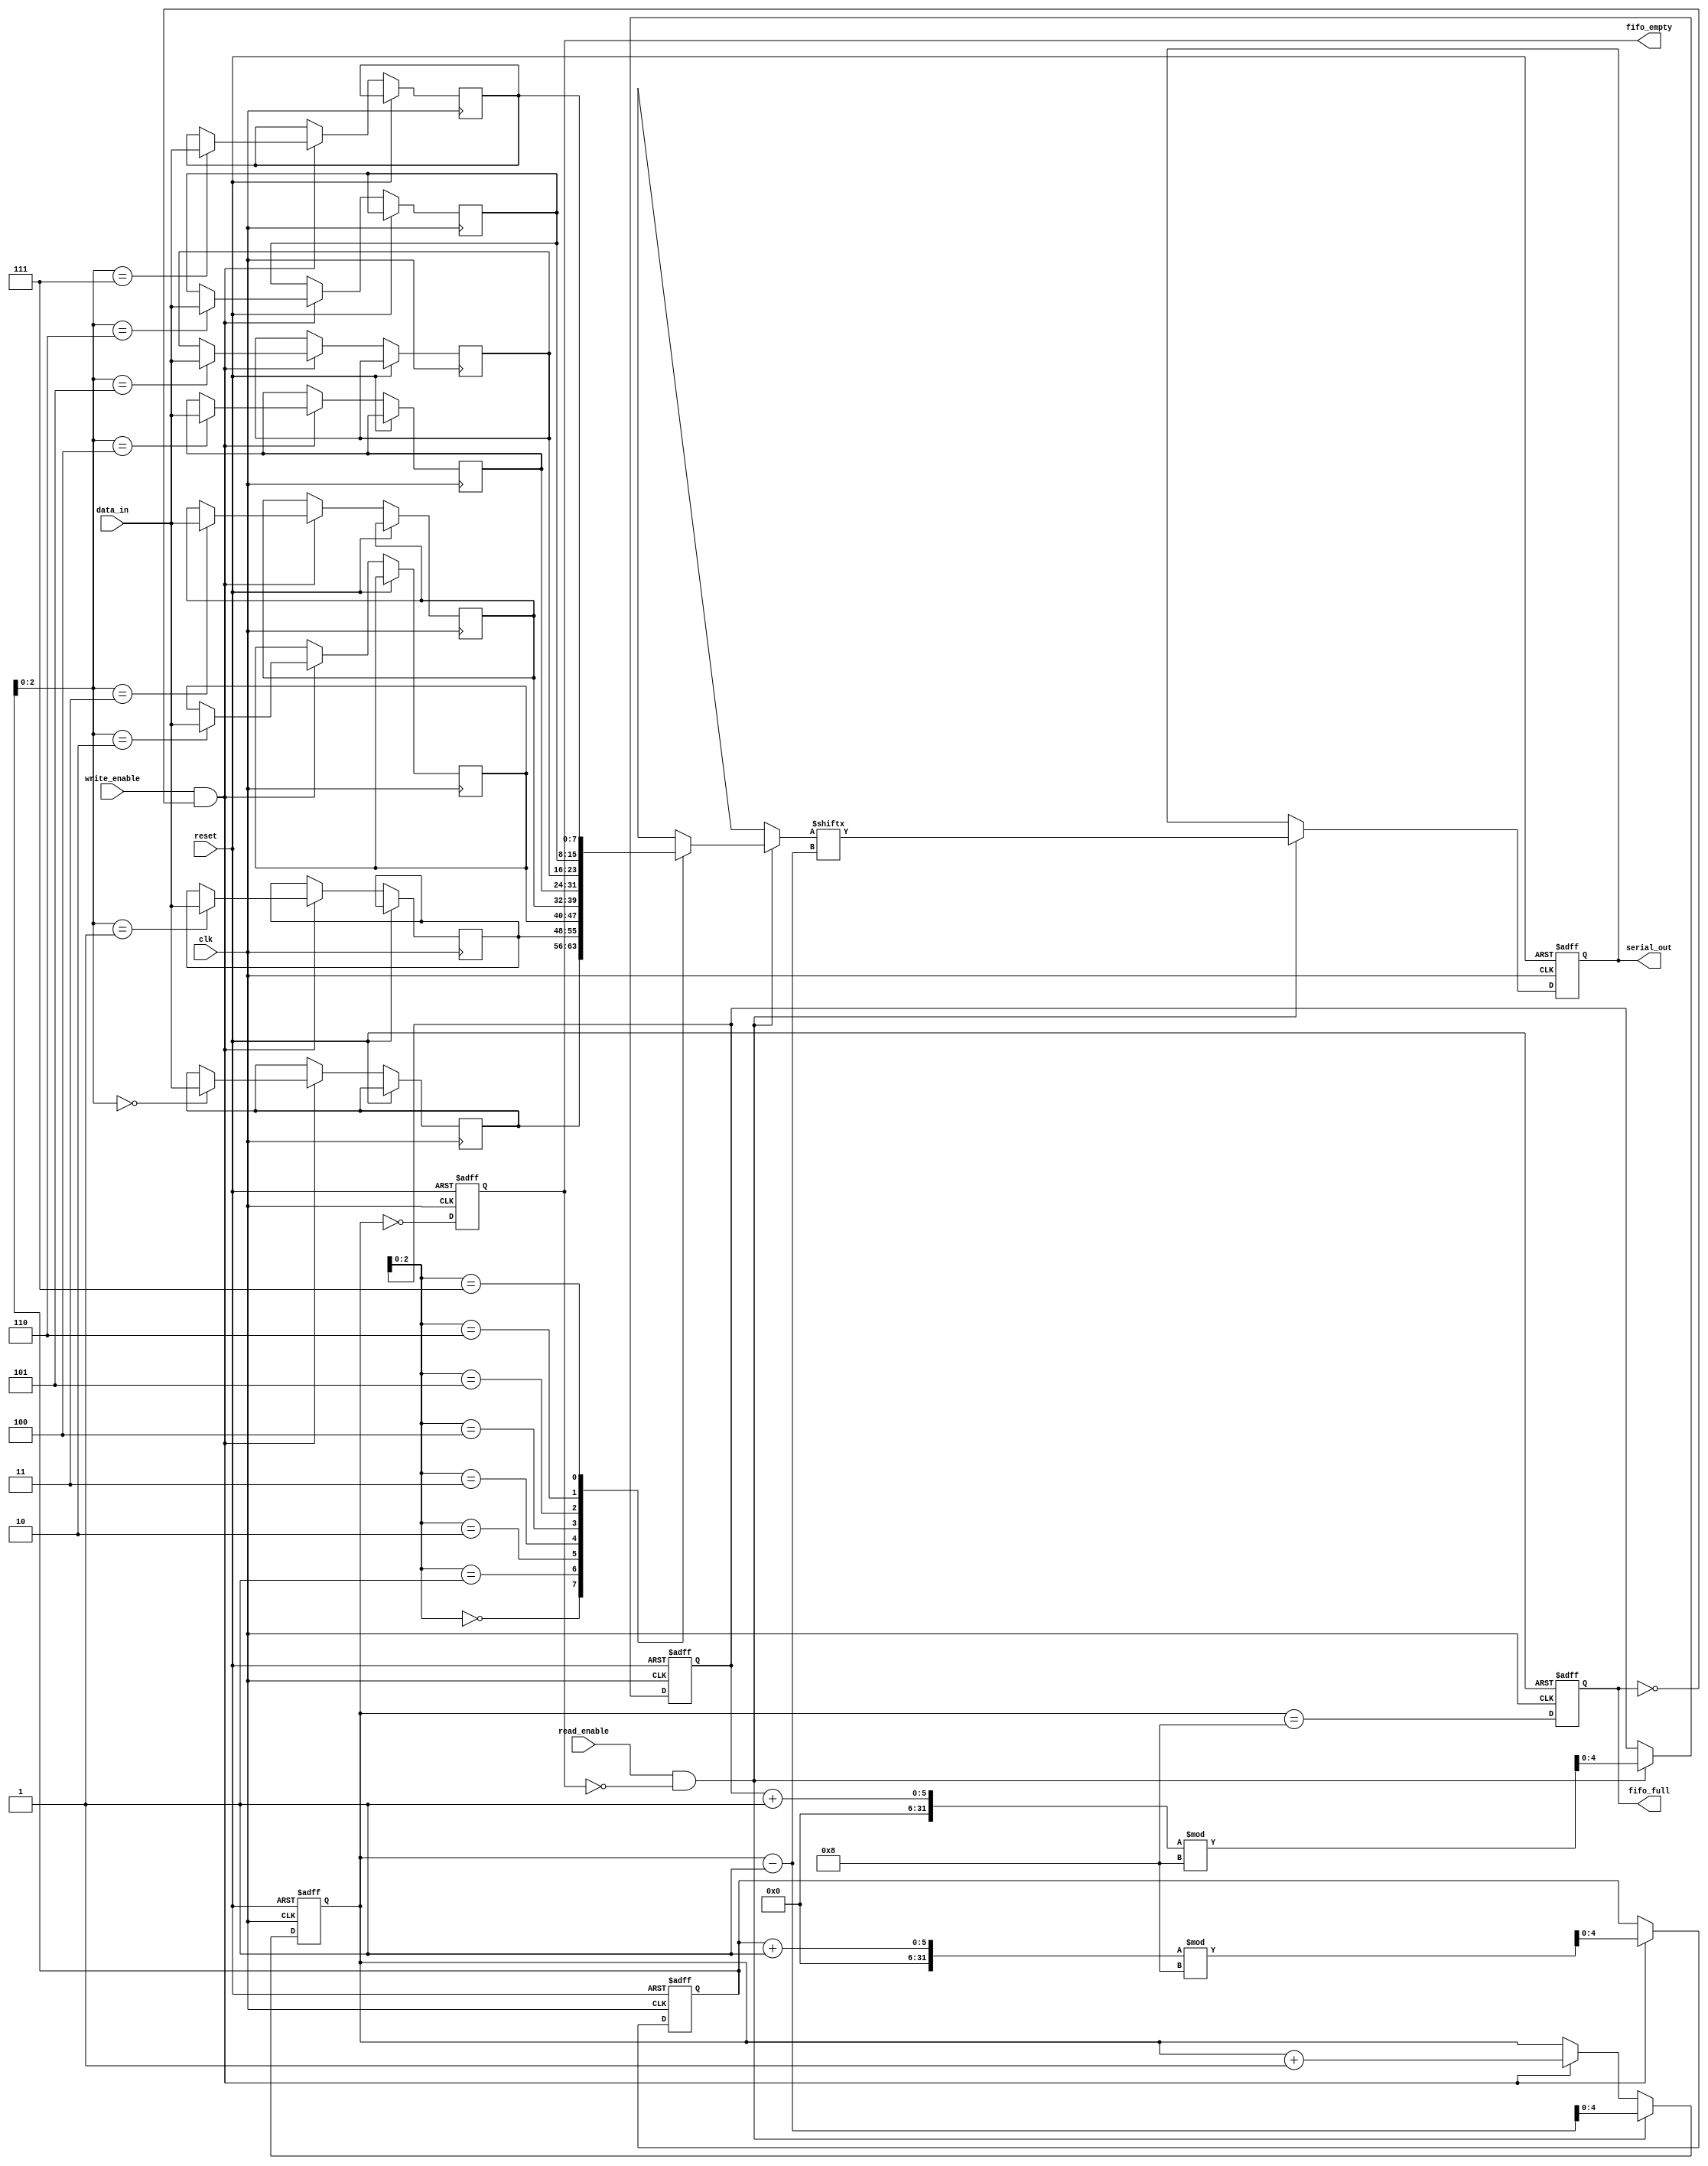
module fifo_piso #(
    parameter DEPTH = 8,          // Depth of the FIFO (number of parallel inputs)
    parameter WIDTH = 8           // Width of each input (number of bits)
)(
    input wire clk,               // Clock signal
    input wire reset,             // Reset signal
    input wire write_enable,      // Write enable signal
    input wire read_enable,       // Read enable signal
    input wire [WIDTH-1:0] data_in, // Parallel input data
    output reg serial_out,        // Serial output data
    output reg fifo_full,         // FIFO full indicator
    output reg fifo_empty         // FIFO empty indicator
);

    // Storage for the FIFO (shift register)
    reg [WIDTH-1:0] fifo_mem [0:DEPTH-1]; // FIFO memory
    reg [4:0] write_ptr;                  // Write pointer
    reg [4:0] read_ptr;                   // Read pointer
    reg [4:0] count;                      // Count of elements in FIFO

    // Initialize the FIFO on reset
    always @(posedge clk or posedge reset) begin
        if (reset) begin
            write_ptr <= 0;
            read_ptr <= 0;
            count <= 0;
            fifo_full <= 0;
            fifo_empty <= 1;
            serial_out <= 0;
        end else begin
            // Write operation
            if (write_enable && !fifo_full) begin
                fifo_mem[write_ptr] <= data_in;
                write_ptr <= (write_ptr + 1) % DEPTH;
                count <= count + 1;
            end

            // Read operation
            if (read_enable && !fifo_empty) begin
                serial_out <= fifo_mem[read_ptr][count - 1]; // output MSB first
                read_ptr <= (read_ptr + 1) % DEPTH;
                count <= count - 1;
            end
            
            // Update full and empty flags
            fifo_full <= (count == DEPTH);
            fifo_empty <= (count == 0);
        end
    end

endmodule